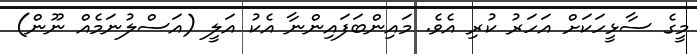
މީގެ ސާޅީހަކަށް އަހަރު ކުރި އެވެ. މައިންބަފައިންނާ އެކު އަލީ (އަސްލުނަމެއް ނޫން)